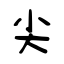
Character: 尖